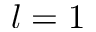
l = 1